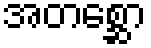
အတစ္ဆော